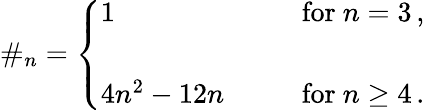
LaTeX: \# _{n}=\left\{ \begin{array}{ll}{{1~~~~}}&{{\mathrm{for}~n=3\, ,}}\\ {{{}}}&{{{}}}\\ {{4n^{2}-12n~~~~~~~}}&{{\mathrm{for}~n\geq 4\, .}}\end{array}\right.